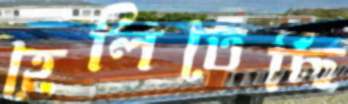
হেলিতেছি